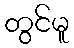
တွင်မူ